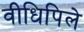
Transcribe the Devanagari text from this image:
वीधिपिले